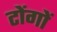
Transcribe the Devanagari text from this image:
टोंगों